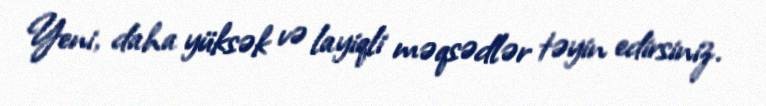
Yeni, daha yüksək və layiqli məqsədlər təyin edirsiniz.